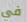
في